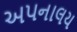
અપનાલય